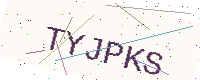
Text: TYJPKS